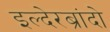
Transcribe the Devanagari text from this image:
इल्देरब्रांदो